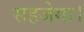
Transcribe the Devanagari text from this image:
सहजेगा।